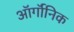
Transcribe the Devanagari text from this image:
ऑर्गॉनिक